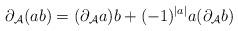
LaTeX: \begin{align*}\partial_{\mathcal{A}}(ab) = (\partial_{\mathcal{A}} a)b + (-1)^{|a|}a(\partial_{\mathcal{A}} b)\end{align*}